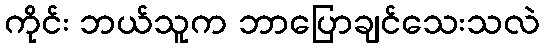
ကိုင်း ဘယ်သူက ဘာပြောချင်သေးသလဲ